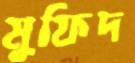
মুফিদ